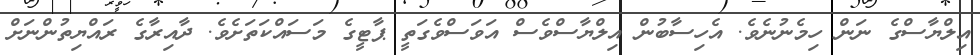
އިލްޔާސްގެ ނަން ހިމެނުނެވެ. އެހިސާބުން އިލްޔާސްވެސް އަވަސްވެގަތީ ޕާޓީގެ މަސައްކަތަށެވެ. ދާއިރާގެ ރައްޔިތުންނަށް